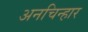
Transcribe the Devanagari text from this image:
अनचिन्हार